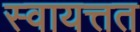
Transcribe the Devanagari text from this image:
स्वायत्तत